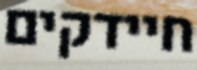
חיידקים